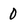
Character: O